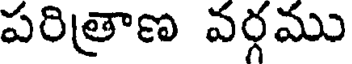
పరిత్రాణ వర్గము